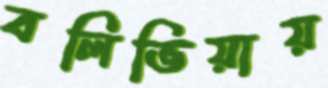
বলিভিয়ায়